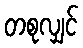
တစုလျှင်